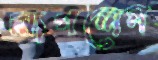
লাগলেন